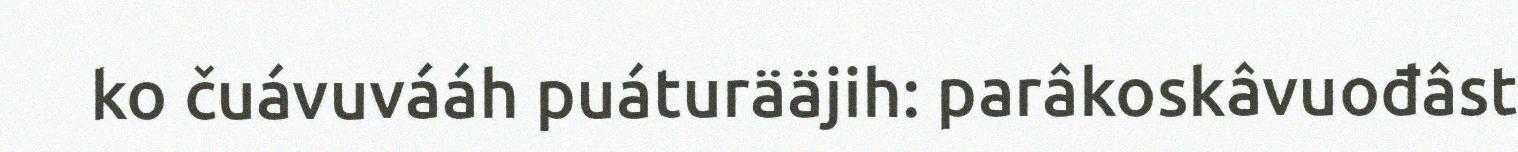
ko čuávuvááh puáturääjih: parâkoskâvuođâst